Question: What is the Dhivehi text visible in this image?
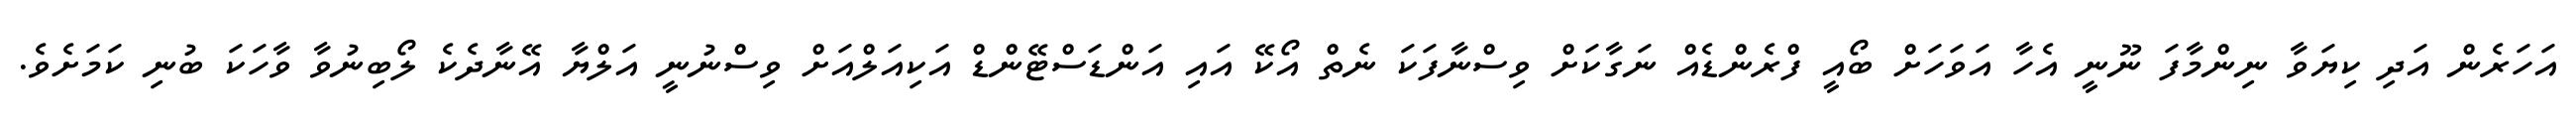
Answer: އަހަރެން އަދި ކިޔަވާ ނިންމާފަ ނޫނީ އެހާ އަވަހަށް ބޯއީ ފްރެންޑެއް ނަގާކަށް ވިސްނާފަކަ ނެތް އޯކޭ އައި އަންޑަސްޓޭންޑް އަކިއަލްއަށް ވިސްނުނީ އަލްޔާ އޭނާދެކެ ލޯބިނުވާ ވާހަކަ ބުނި ކަމަށެވެ.